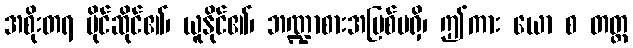
အစိုးတရ ပိုင်ဆိုင်၏၊ ယူနိုင်၏၊ ဘဏ္ဍာစားအပြစ်မရှိ၊ ဤကား ယော စ တတ္ထ